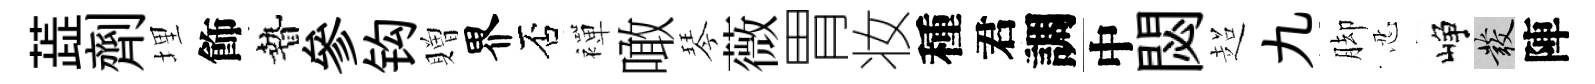
蕋劑埋飾贄參钩贈界否襌噉琴薇胃妆種君調中閟超九脚忍峥發陣